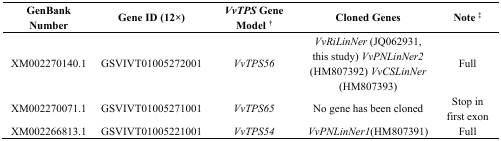
| GenBank Number | Gene ID (12×) | VvTPS Gene Model † | Cloned Genes | Note ‡ |
 | --- | --- | --- | --- | --- |
 | XM002270140.1 | GSVIVT01005272001 | VvTPS56 | VvRiLinNer (JQ062931, this study) VvPNLinNer2 (HM807392) VvCSLinNer (HM807393) | Full |
 | XM002270071.1 | GSVIVT01005271001 | VvTPS65 | No gene has been cloned | Stop in first exon |
 | XM002266813.1 | GSVIVT01005221001 | VvTPS54 | VvPNLinNer1(HM807391) | Full |